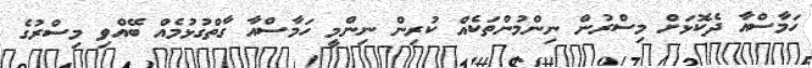
ހަމާސްއާ ދެކޮޅަށް މިސްރުން ނިންމުންތަކެއް ކުރިން ނިންމީ ހަމާސްއާ ގާތްގުޅުމެއް ބޭއްވި މިސްރުގެ